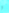
و